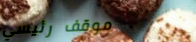
موقف رئيسي